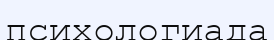
психологиада